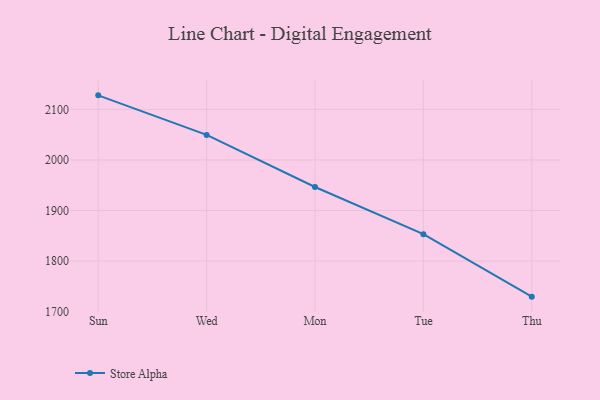
{"axis": {"x": "Day", "y": "Conversion Rate (%)"}, "legend": ["Store Alpha"], "data": [{"x": "Sun", "y": 2127.8, "type": "Store Alpha"}, {"x": "Wed", "y": 2049.6, "type": "Store Alpha"}, {"x": "Mon", "y": 1946.6, "type": "Store Alpha"}, {"x": "Tue", "y": 1853.3, "type": "Store Alpha"}, {"x": "Thu", "y": 1729.7, "type": "Store Alpha"}]}